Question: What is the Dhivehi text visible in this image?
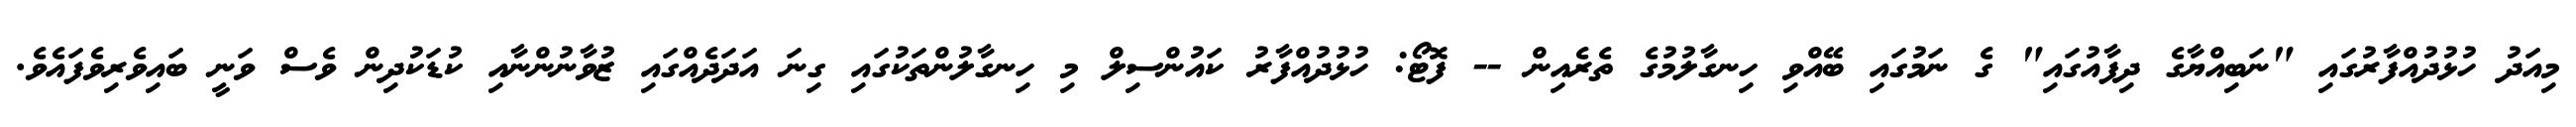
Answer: މިއަދު ހުޅުދުއްފާރުގައި "ނަބިއްޔާގެ ދިފާއުގައި" ގެ ނަމުގައި ބޭއްވި ހިނގާލުމުގެ ތެރެއިން -- ފޮޓޯ: ހުޅުދުއްފާރު ކައުންސިލް މި ހިނގާލުންތަކުގައި ގިނަ އަދަދެއްގައި ޒުވާނުންނާއި ކުޑަކުދިން ވެސް ވަނީ ބައިވެރިވެފައެވެ.